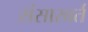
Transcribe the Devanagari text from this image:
संसारवर्त